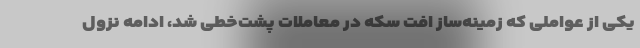
یکی از عواملی که زمینه‌ساز افت سکه در معاملات پشت‌خطی شد، ادامه نزول